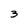
Character: 3